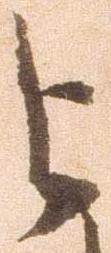
与